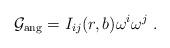
LaTeX: \begin{align*}{\cal G}_{\rm ang} = I_{ij}(r,b) \omega^i \omega^j \, \,.\end{align*}